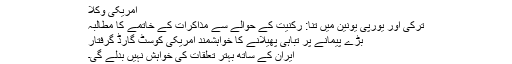
امریکی وکلا
ترکی اور یورپی یونین میں تنا: رکنیت کے حوالے سے مذاکرات کے خاتمے کا مطالبہ
بڑے پیمانے پر تباہی پھیلانے کا خواہشمند امریکی کوسٹ گارڈ گرفتار
ایران کے ساتھ بہتر تعلقات کی خواہش نہیں بدلے گی۔